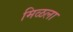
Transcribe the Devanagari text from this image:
मिळला